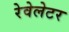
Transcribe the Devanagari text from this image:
रेवेलेटर